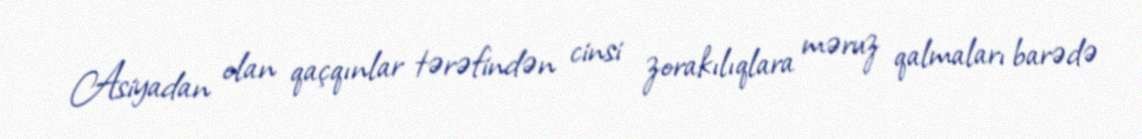
Asiyadan olan qaçqınlar tərəfindən cinsi zorakılıqlara məruz qalmaları barədə